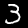
Digit: 3